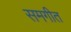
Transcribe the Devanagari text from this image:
समगीत